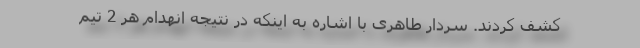
کشف کردند. سردار طاهری با اشاره به اینکه در نتیجه انهدام هر 2 تیم